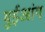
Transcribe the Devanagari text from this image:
मुईआंग